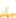
إن